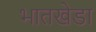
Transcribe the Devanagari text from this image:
भातखेडा